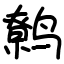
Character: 鹩